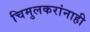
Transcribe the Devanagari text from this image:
चिमुलकरांनाही